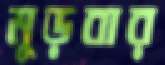
মুড়বার